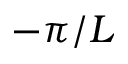
- \pi / L